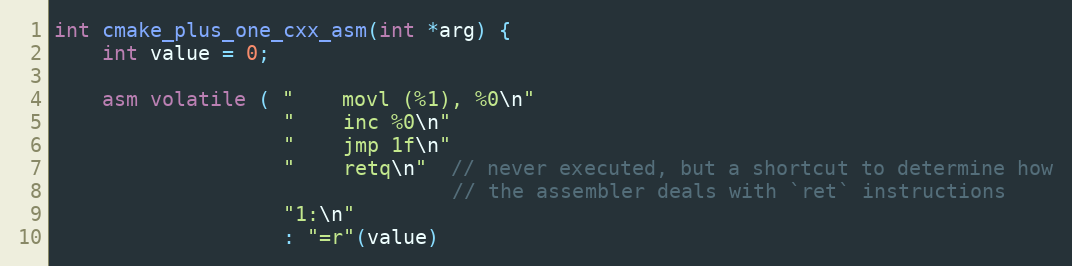
Language: C++
int cmake_plus_one_cxx_asm(int *arg) {
    int value = 0;

    asm volatile ( "    movl (%1), %0\n"
                   "    inc %0\n"
                   "    jmp 1f\n"
                   "    retq\n"  // never executed, but a shortcut to determine how
                                 // the assembler deals with `ret` instructions
                   "1:\n"
                   : "=r"(value)